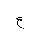
Letter: _ayn